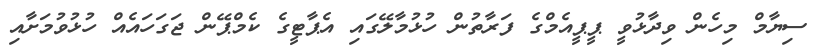
ސިޔާމް މިހެން ވިދާޅުވީ ޕީޕީއެމްގެ ފަރާތުން ހުޅުމާލޭގައި އެޕާޓީގެ ކެމްޕޭން ޖަގަހައެއް ހުޅުވުމަށާއި